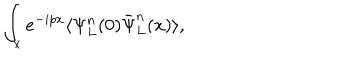
LaTeX: \int _ { x } e ^ { - i p x } \langle \Psi _ { L } ^ { n } ( 0 ) \bar { \Psi } _ { L } ^ { n } ( x ) \rangle ,